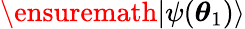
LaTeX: \ensuremath{\lvert{\psi({\boldsymbol{\theta}}_{1})}\rangle}